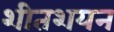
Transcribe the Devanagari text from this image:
शीतशयन